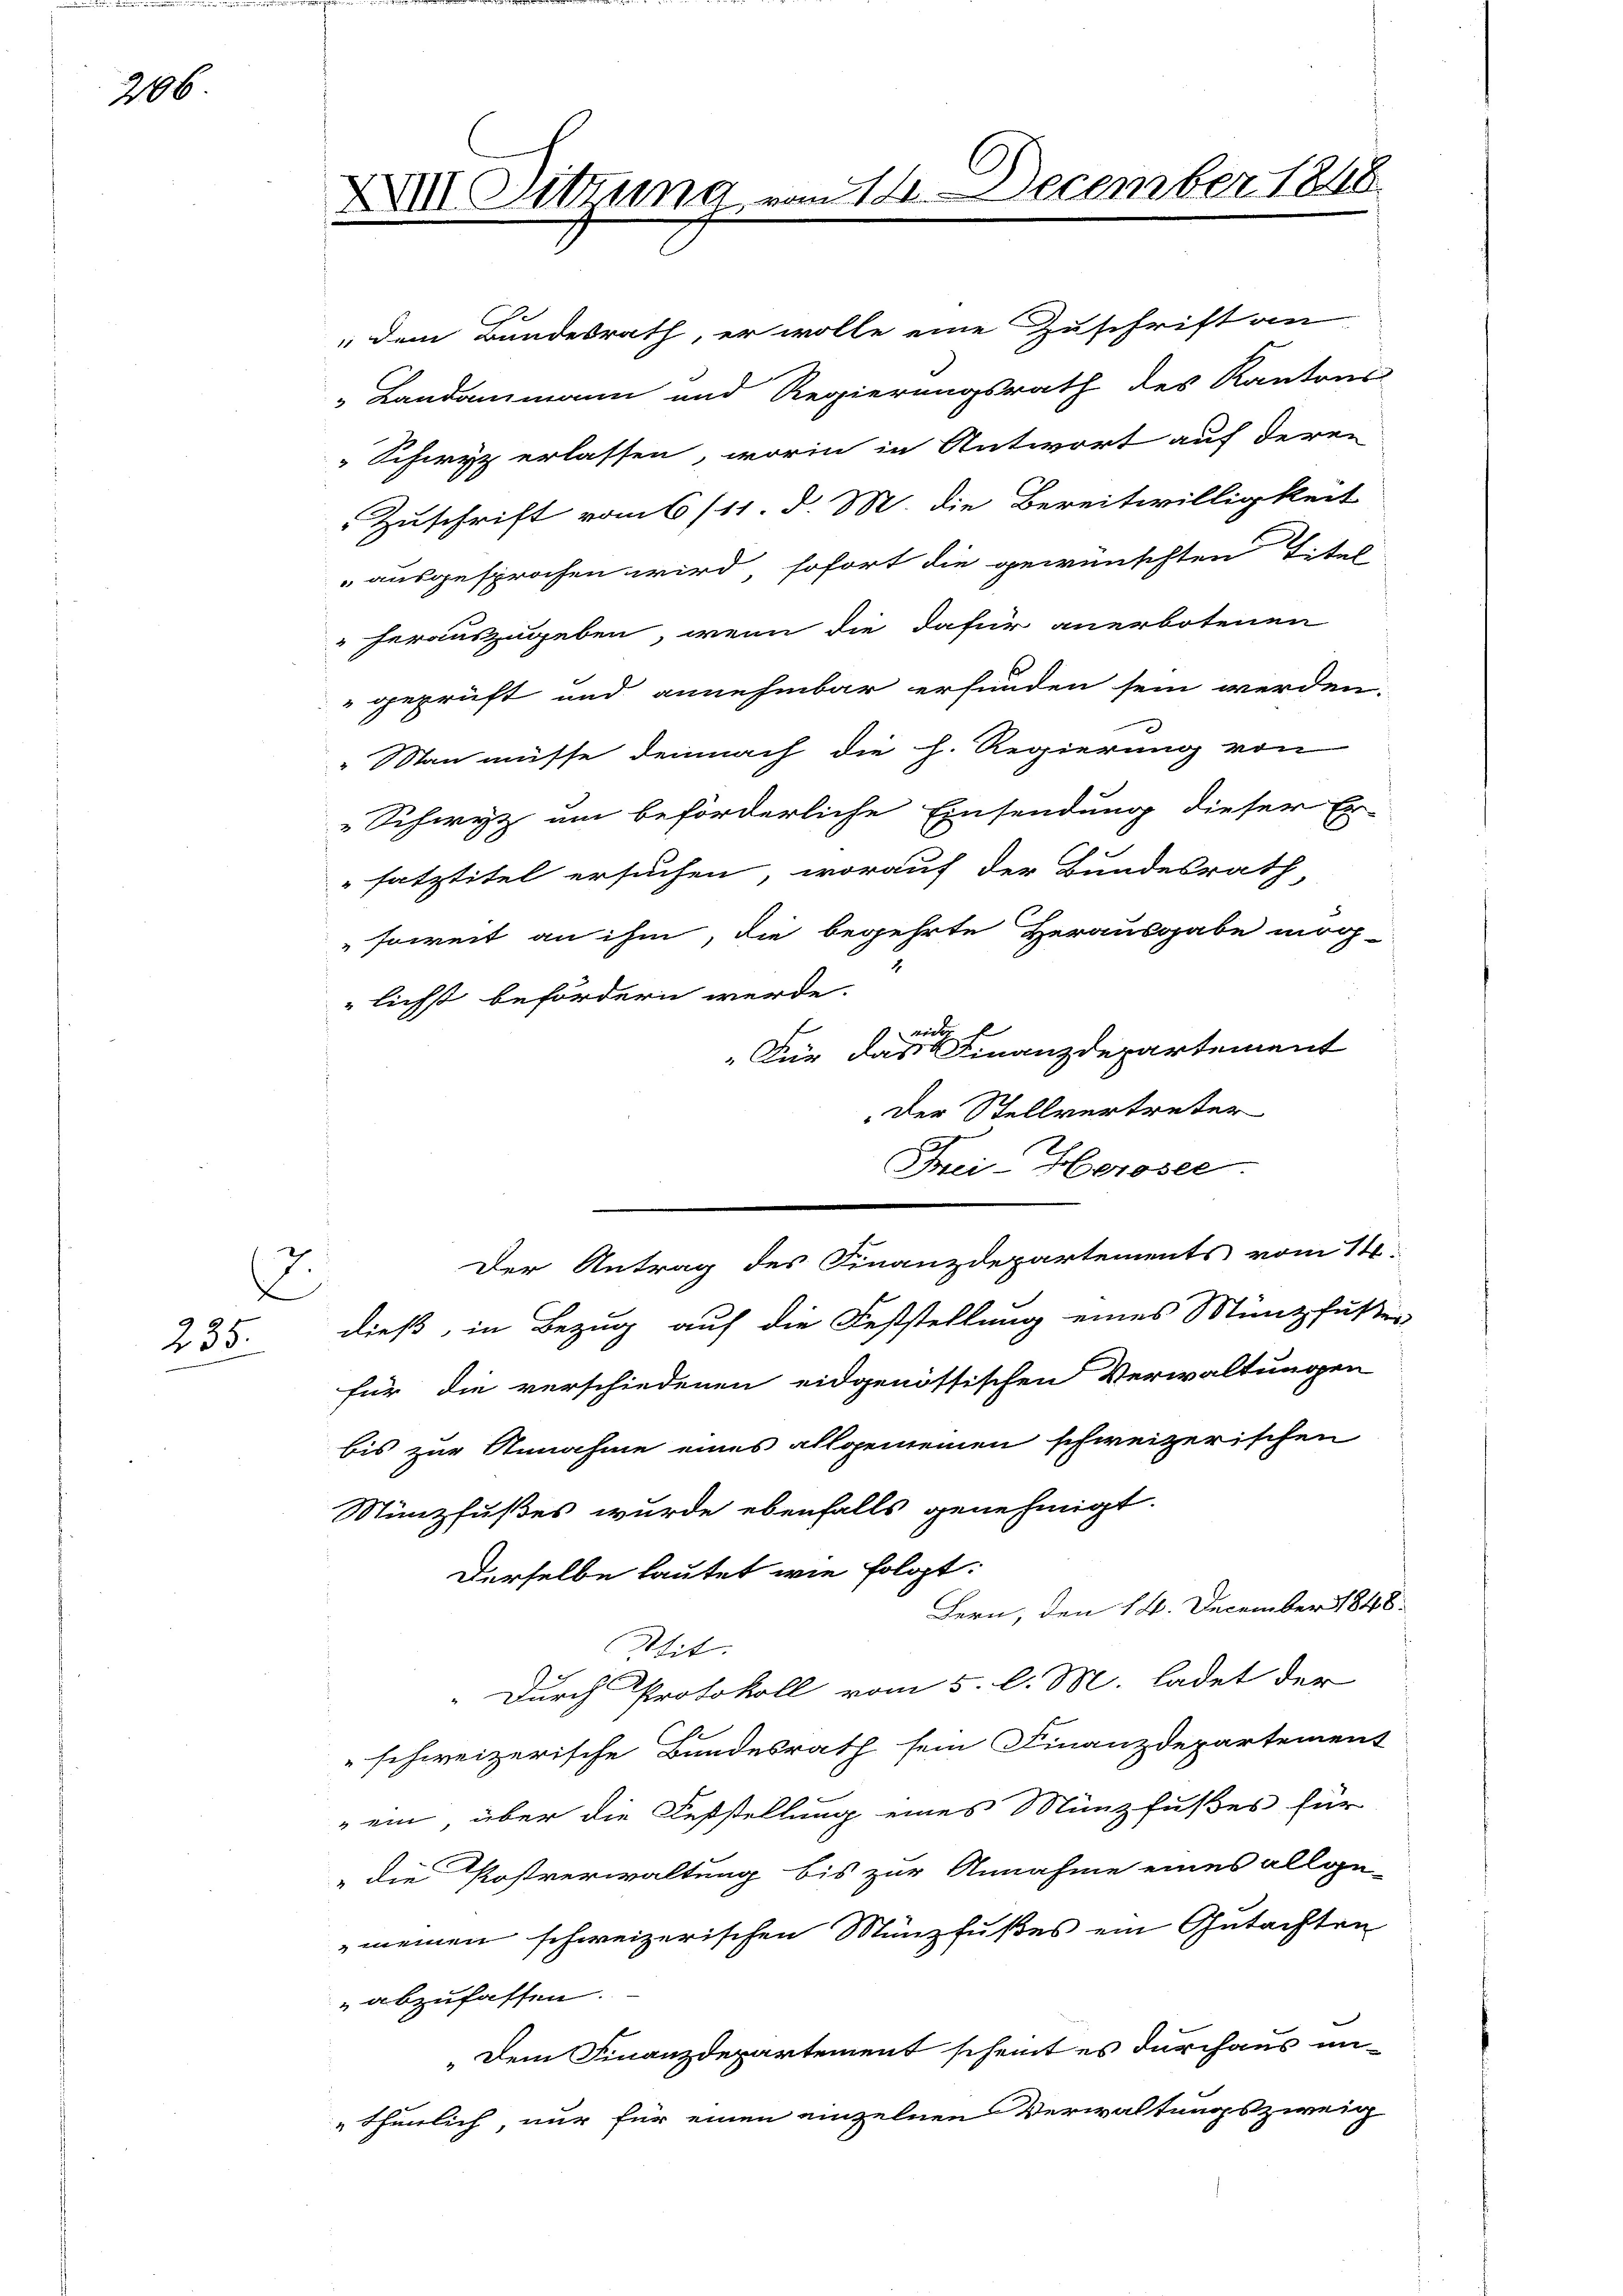
206

235.

.

" dem Bundesrath, er wolle eine Zuschrift an
" Landammann und Regierungsrath des Kantons
" Schwyz erlassen, worin in Antwort auf deren
Zuschrift vom 6/11 d. M. die Bereitwilligkeit
" ausgesprochen wird, sofort die gewünschten Titel
herauszugeben, wenn die dafür anerbotenen
geprüft und annehmbar erfunden sein werden.
Man müsse demnach die h. Regierung von
„Schwyz um beförderliche Einsendung dieser Er-
satztitel ersuchen, worauf der Bundesrath
soweit an ihm, die begehrte Herausgabe mög-
lichst befördern werde.
2
nict
"Für das Finanzdepartement
Der Stellvertreter
Frei-Heroser.
Der Antrag des Finanzdepartements vom 14.
dieß, in Bezug auf die Feststellung eines Münzfußer
für die verschiedenen eidgenössischen Verwaltungen
bis zur Annahme eines allgemeinen schweizerischen
Sünzfußes wurde ebenfalls genehmigt.
Derselbe lautet wie folgt:
Bern, den 14. December 1848.
Wit:
 Durch Protokoll vom 5. l. M. ladet der
schweizerische Bundesrath sein Finanzdepartement
ein, über die Feststellung eines Münzfußes für
„die Postverwaltung bis zur Annahme eines allge-
meinen schweizerischen Münzfußes ein Gutachten
abzufassen.
„Dem Finanzdepartement scheint es durchaus un¬
" thunlich, nur für einen einzelnen Verwaltungszweig

XIII Dittung vom 14. December 1848.